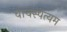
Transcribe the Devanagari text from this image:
वाचस्पत्यम